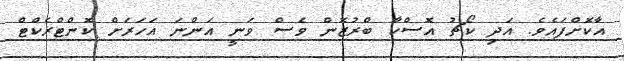
އާކޮށްފައެވެ. އަދި ކޯޗު އޮސްކާ ބްރުޒޮން ވެސް ވަނީ އަންނަ އަހަރަށް ކޮންޓްރެކްޓް